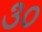
૩૦